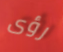
رؤى